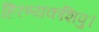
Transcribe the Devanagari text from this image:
हिरण्यकशिपु।